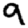
Digit: 9